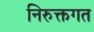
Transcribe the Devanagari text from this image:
निरुक्तगत